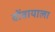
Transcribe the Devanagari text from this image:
बोंबायाला